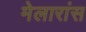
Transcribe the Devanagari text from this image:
मेलारांस